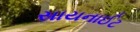
સાયનાઈટ